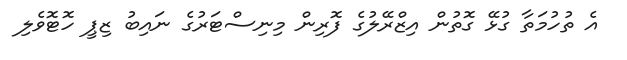
އެ ތުހުމަތާ ގުޅޭ ގޮތުން އިޒްރޭލުގެ ފޮރިން މިނިސްޓަރުގެ ނައިބު ޒިޕީ ހޮޓޮވެލި